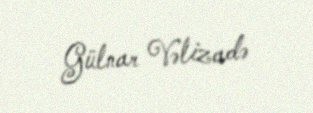
Gülnar Vəlizadə